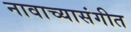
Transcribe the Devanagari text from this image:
नावाच्यासंगीत